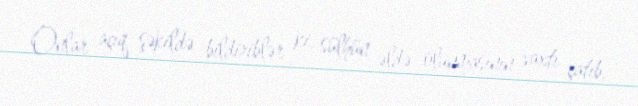
Onlar açıq şəkildə bildiriblər ki, sülhün əldə olunmasının vaxtı çatıb,